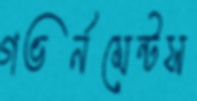
গভর্নমেন্টস